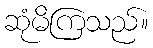
ဆုံမိကြသည်။